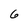
Character: 6